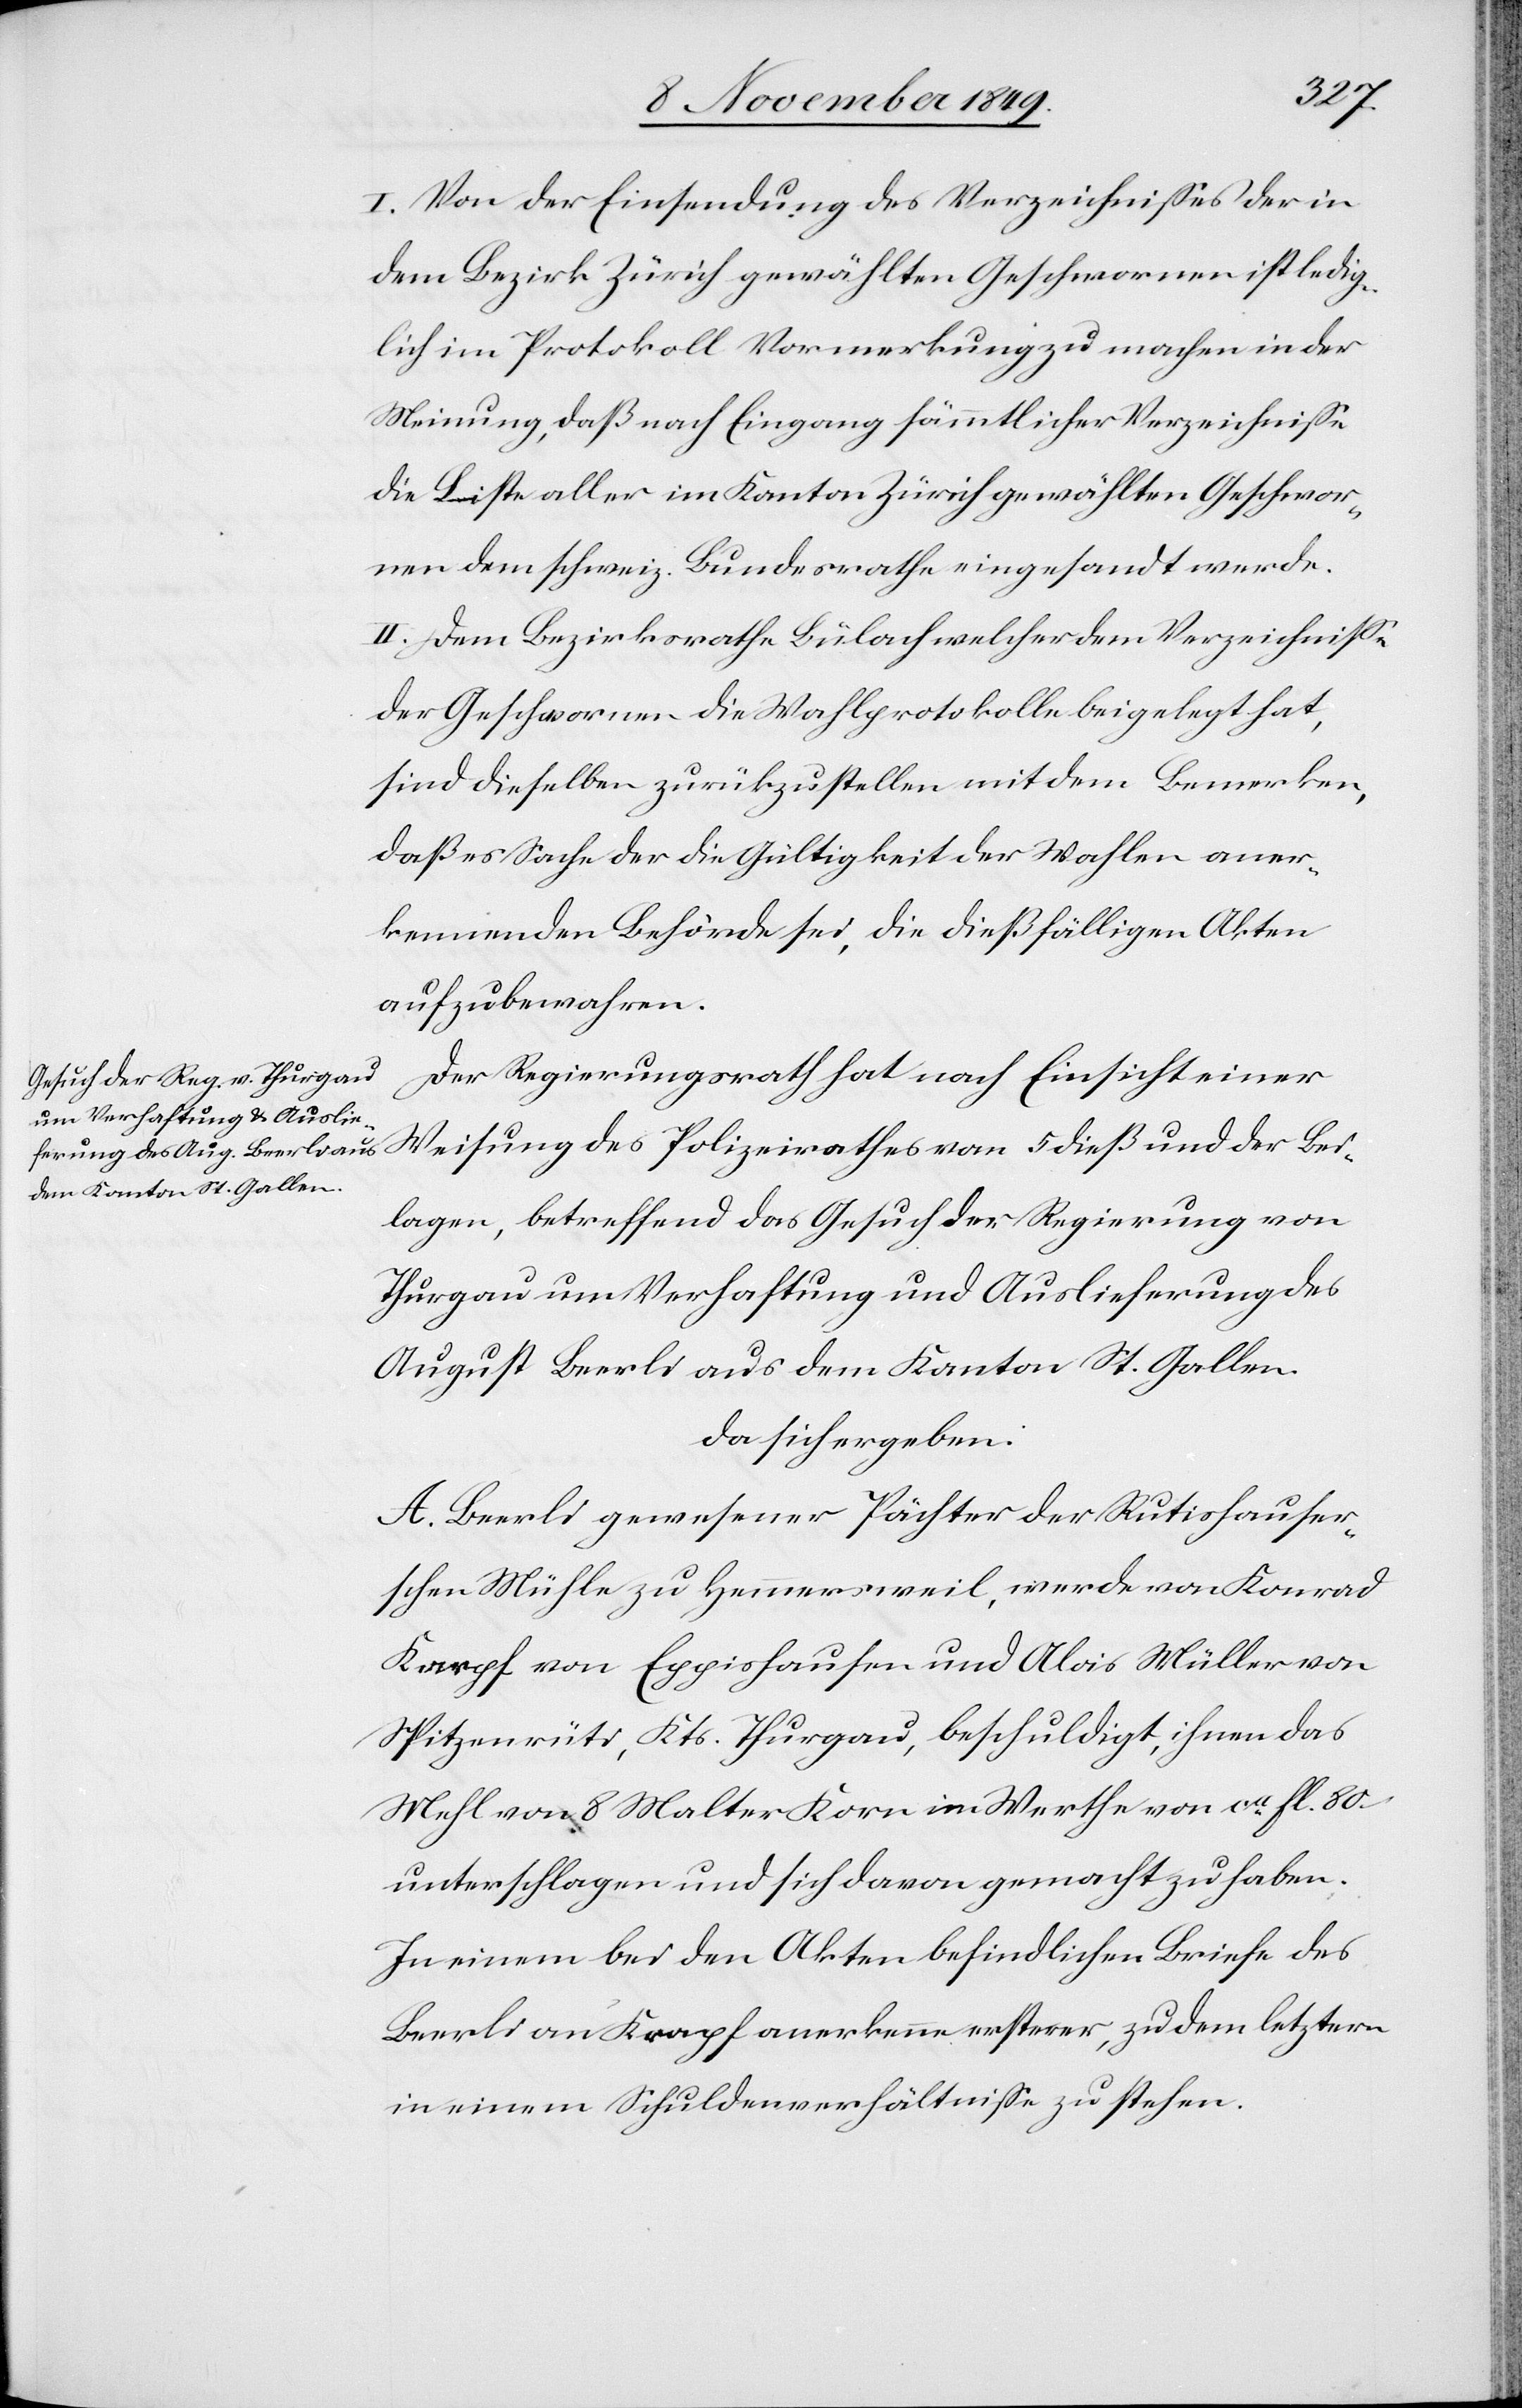
I. Von der Einsendung des Verzeichnißes der in
dem Bezirke Zürich gewählten Geschworenen ist ledig¬
lich im Protokoll Vormerkung zu machen in der
Meinung, daß nach Eingang sämmtlicher Verzeichniße
die Liste aller im Kanton Zürich gewählten Geschwore¬
nen dem schweiz. Bundesrathe eingesandt werde.
II. Dem Bezirksrathe Bülach welcher dem Verzeichniße
der Geschworenen die Wahlprotokolle beigelegt hat,
sind dieselben zurückzustellen mit dem Bemerken,
daß es Sache der die Gültigkeit der Wahlen aner¬
kennenden Behörde sei, die dießfälligen Akten
aufzubewahren.
Der Regierungsrath hat nach Einsicht einer
Weisung des Polizeirathes vom 5 dieß und der Bei¬
lagen, betreffend das Gesuch der Regierung von
Thurgau um Verhaftung und Auslieferung des
August Beerli aus dem Kanton St. Gallen.
da sich ergeben:
A. Beerli gewesener Pächter der Rutishauser¬
schen Mühle zu Hemmerweil, werde von Konrad
Karpf von Eggishausen und Alois Müller von
Spitzenrüti, Kts. Thurgau, beschuldigt, ihnen das
Mehl von 8 Malter Korn im Werthe von ca fl. 80
unterschlagen und sich davon gemacht zu haben.
In einem bei den Akten befindlichen Briefe des
Beerli an Krapf anerkenne ersterer, zu dem letztern
in einem Schuldenverhältniße zu stehen.